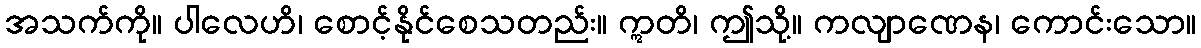
အသက်ကို။ ပါလေဟိ၊ စောင့်နိုင်စေသတည်း။ ဣတိ၊ ဤသို့။ ကလျာဏေန၊ ကောင်းသော။